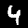
Digit: 4